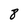
Character: 8